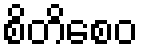
စိတိစေဝ